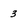
Character: 3